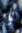
يا